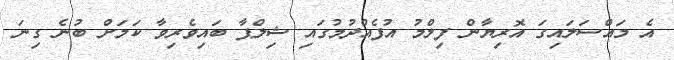
އެ މައްސަލައިގަ އޮރިޔާން ފިލްމު އުފެއްދުމުގައި ޝިލްޕާ ބައިވެރިވާ ކަމަށް ބުނެ ގިނަ